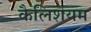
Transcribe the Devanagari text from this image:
कैलिशयम